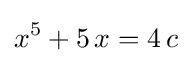
x^{5}+5\,x=4\,c